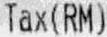
TAX(RM)